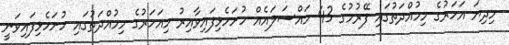
މިދިޔަ އަހަރުގެ މިމުއްދަތުގައި ފޭރުމުގެ 43 މައްސަލައެއް ހުށަހެޅިފައިވާއިރު މިއަހަރުގެ މިމުއްދަތުގައި ހުށަހެޅިފައިވަނީ